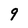
Character: 9